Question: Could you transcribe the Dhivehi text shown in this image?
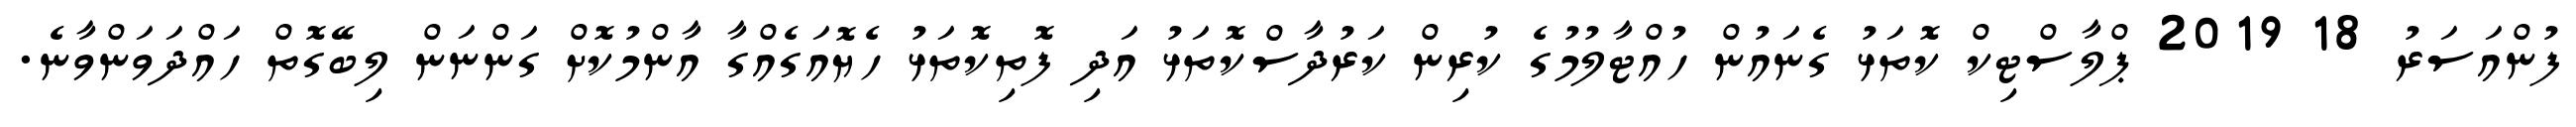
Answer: ފުންއަސަރު 18 2019 ޕްލާސްޓިކް ކޮތަޅު ގެނައުން ހުއްޓާލުމުގެ ކުރިން ކަރުދާސްކޮތަޅު އަދި ފޮތިކޮތަޅު ހެޔޮއަގެއްގާ އާންމުކޮށް ގަންނަން ލިބޭގޮތް ހައްދަވަންވާނެ.